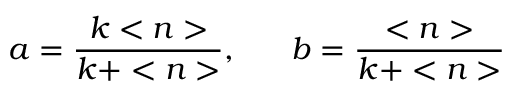
a = \frac { k < n > } { k + < n > } , \ \ \ \ \ b = \frac { < n > } { k + < n > }